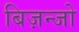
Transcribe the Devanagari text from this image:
बिज़न्जो